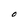
Character: O